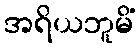
အရိယဘူမိံ